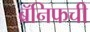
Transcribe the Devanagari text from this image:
ब्रॅनिफची